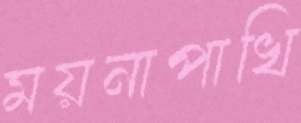
ময়নাপাখি